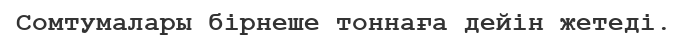
Сомтумалары бірнеше тоннаға дейін жетеді.